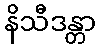
နိသီဒန္တာ